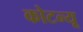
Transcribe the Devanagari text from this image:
कोटन्यू